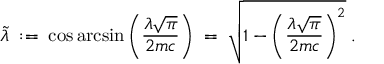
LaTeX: \tilde { \lambda } \; : = \; \cos \arcsin \left( \frac { \lambda \sqrt { \pi } } { 2 m c } \right) \; = \; \sqrt { 1 - \left( \frac { \lambda \sqrt { \pi } } { 2 m c } \right) ^ { 2 } } \; .